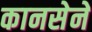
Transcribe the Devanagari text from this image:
कानसेने